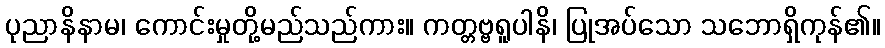
ပုညာနိနာမ၊ ကောင်းမှုတို့မည်သည်ကား။ ကတ္တဗ္ဗရူပါနိ၊ ပြုအပ်သော သဘောရှိကုန်၏။